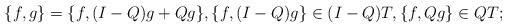
LaTeX: \begin{align*} \{f,g\}=\{f, (I-Q)g+Qg\}, \{f,(I-Q)g\} \in (I-Q)T, \{f,Qg\} \in QT;\end{align*}